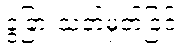
ခွဲခြားသတ်မှတ်ခြင်း